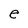
Character: e